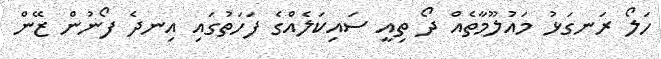
ހަލޯ ރަނގަޅު މައުލޫމާތެއް ދޯ ތިއީ ސައިކަލެއްގެ ފަހަތުގައި އިނދެ ފޯނުން ޒޭން